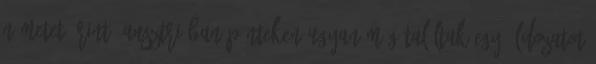
németet érint. Ausztriában pénteken ugyan még találtak egy áldozatot